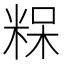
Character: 𮇠